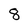
Character: 8